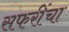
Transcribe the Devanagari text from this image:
सफरींचा